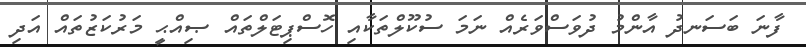
ފާނަ ބަސަނދު އާންމު ދުވަސްވަރެއް ނަމަ ސުކޫލްތަކާއި ހޮސްޕިޓަލްތައް ޞިއްޙީ މަރުކަޒުތައް އަދި